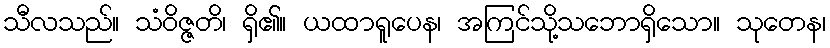
သီလသည်။ သံဝိဇ္ဇတိ၊ ရှိ၏။ ယထာရူပေန၊ အကြင်သို့သဘောရှိသော။ သုတေန၊